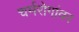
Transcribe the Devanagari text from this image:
चर्मरोगांवर